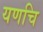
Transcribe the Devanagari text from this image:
यणचि